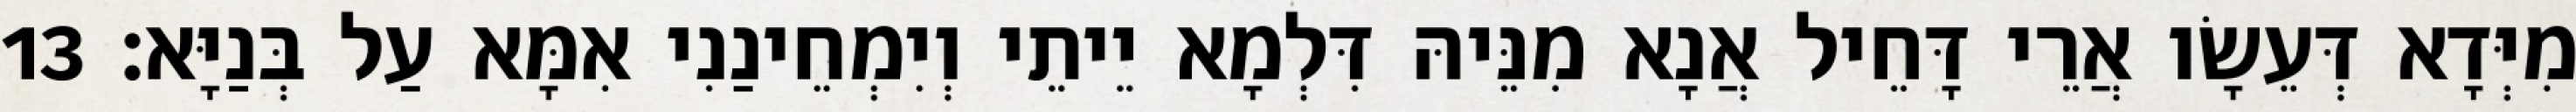
מִיְּדָא דְּעֵשָׂו אֲרֵי דָּחֵיל אֲנָא מִנֵּיהּ דִּלְמָא יֵיתֵי וְיִמְחֵינַנִי אִמָּא עַל בְּנַיָּא׃ 13